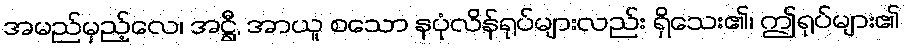
အမည်မှည့်လေ၊ အဋ္ဌီ, အာယူ စသော နပုံလိန်ရုပ်များလည်း ရှိသေး၏၊ ဤရုပ်များ၏